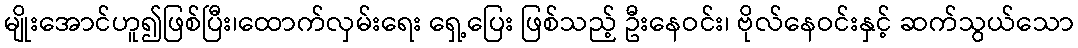
မျိုးအောင်ဟူ၍ဖြစ်ပြီး၊ထောက်လှမ်းရေး ရှေ့ပြေး ဖြစ်သည့် ဦးနေဝင်း၊ ဗိုလ်နေဝင်းနှင့် ဆက်သွယ်သော